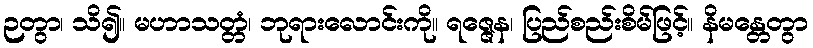
ဉတွာ၊ သိ၍။ မဟာသတ္တံ၊ ဘုရားလောင်းကို။ ရဇ္ဇေန၊ ပြည်စည်းစိမ်ဖြင့်။ နိမန္တေတွာ